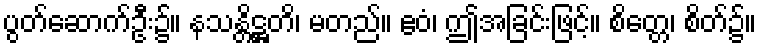
ပွတ်ဆောက်ဦး၌။ နသန္တိဋ္ဌတိ၊ မတည်။ ဧဝံ၊ ဤအခြင်းဖြင့်။ စိတ္တေ၊ စိတ်၌။